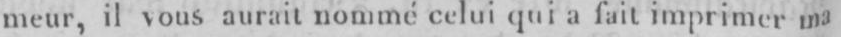
meur, il vous aurait nommé celui qui a fait imprimer ma